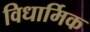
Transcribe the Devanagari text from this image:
विधार्मिक